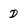
Character: D